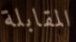
المقابلة